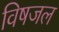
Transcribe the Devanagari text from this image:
विषजल